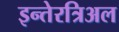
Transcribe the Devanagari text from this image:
इन्तेरत्रिअल